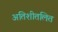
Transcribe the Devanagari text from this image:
अतिशीतलित